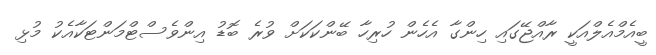
ބީއެމްއެލްއަކީ ރާއްޖޭގައި ހިންގާ އެހެން ހުރިހާ ބޭންކަކަށް ވުރެ ބޮޑު އިންވެސްޓްމަންޓަކާއެކު މުޅި